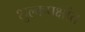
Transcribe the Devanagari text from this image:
शुल्कपक्षांत